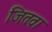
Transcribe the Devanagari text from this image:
जितवा